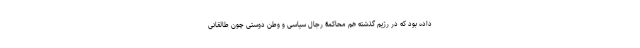
داده بود که در رژیم گذشته هم محاکمۀ رجال سیاسی و وطن دوستی چون طالقانی